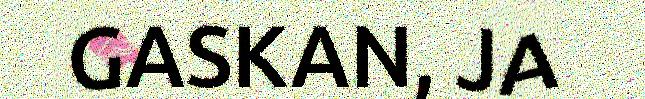
GASKAN, JA